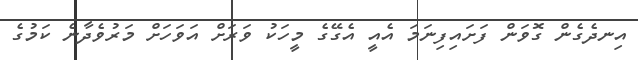
އިނދެގެން ގޮވަން ފަށައިފިނަމަ އެއީ އެގޭގެ މީހަކު ވަރަށް އަވަހަށް މަރުވެދާނެ ކަމުގެ